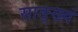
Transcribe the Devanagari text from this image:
साङ्ख्यं